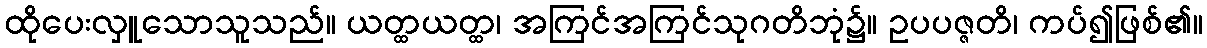
ထိုပေးလှူသောသူသည်။ ယတ္ထယတ္ထ၊ အကြင်အကြင်သုဂတိဘုံ၌။ ဥပပဇ္ဇတိ၊ ကပ်၍ဖြစ်၏။